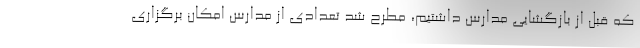
که قبل از بازگشایی مدارس داشتیم، مطرح شد تعدادی از مدارس امکان برگزاری